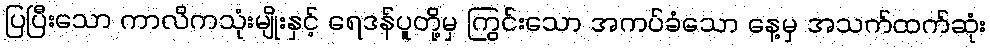
ပြပြီးသော ကာလိကသုံးမျိုးနှင့် ရေဒန်ပူတို့မှ ကြွင်းသော အကပ်ခံသော နေ့မှ အသက်ထက်ဆုံး